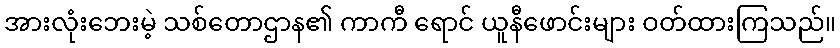
အားလုံးဘေးမဲ့ သစ်တောဌာန၏ ကာကီ ရောင် ယူနီဖောင်းများ ဝတ်ထားကြသည်။